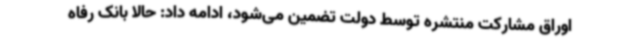
اوراق مشارکت منتشره توسط دولت تضمین می‌شود، ادامه داد: حالا بانک رفاه